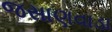
જસાણવાડા